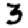
Digit: 3